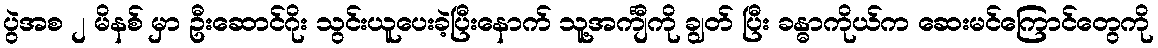
ပွဲအစ ၂ မိနစ် မှာ ဦးဆောင်ဂိုး သွင်းယူပေးခဲ့ပြီးနောက် သူ့အင်္ကျီကို ချွတ် ပြီး ခန္ဓာကိုယ်က ဆေးမင်ကြောင်တွေကို